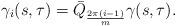
LaTeX: \begin{align*}\gamma_i(s,\tau) = \bar{Q}_{\frac{2\pi(i-1)}{m}}\gamma(s,\tau).\end{align*}